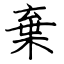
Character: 棄